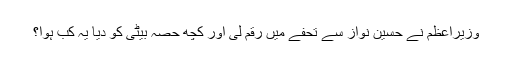
وزیراعظم نے حسین نواز سے تحفے میں رقم لی اور کچھ حصہ بیٹی کو دیا یہ کب ہوا؟